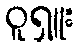
ဝူရှူး